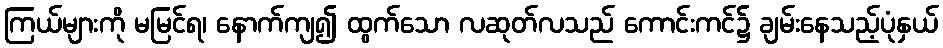
ကြယ်များကို မမြင်ရ၊ နောက်ကျ၍ ထွက်သော လဆုတ်လသည် ကောင်းကင်၌ ချမ်းနေသည့်ပုံနှယ်